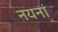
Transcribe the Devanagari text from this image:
नयनां